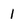
Character: 1